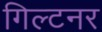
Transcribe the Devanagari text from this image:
गिल्टनर